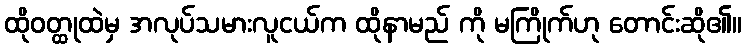
ထိုဝတ္ထုထဲမှ အလုပ်သမားလူငယ်က ထိုနာမည် ကို မကြိုက်ဟု တောင်းဆို၏။